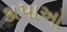
કાપાઓ